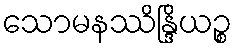
သောမနဿိန္ဒြိယဉ္စ